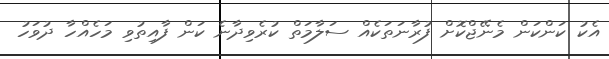
އެކު ކަންކަން މެނޭޖްކޮށް ފުރާނަތަކެއް ސަލާމަތް ކުރެވިދާނެ ކަން ފާއިތުވި މަހެއްހާ ދުވަހު